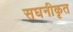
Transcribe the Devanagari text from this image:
सघनीकृत